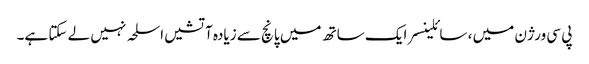
پی سی ورژن میں ، سائلینسر ایک ساتھ میں پانچ سے زیادہ آتشیں اسلحہ نہیں لے سکتا ہے۔